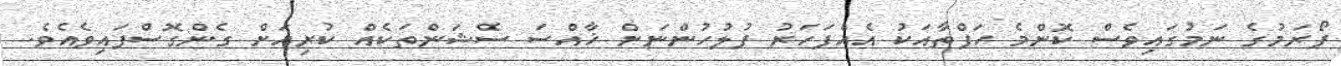
ފޯރަމުގެ ނަމުގައިވެސް ކޮންމެ ހަފްތާއަކު އެއްފަހަރު ފުލުހުންނަށް ޚާއްސަ ސެޝަންތަކެއް ކުރިއަށް ގެންގޮސްފައިވެއެވެ.